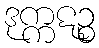
ဒုက္ကဋဉ္စ